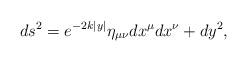
LaTeX: \begin{align*} ds^2 = e^{-2k|y|} \eta_{\mu\nu} dx^\mu dx^\nu + dy^2,\end{align*}